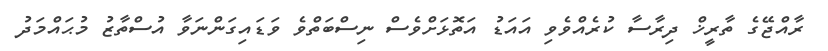
ރާއްޖޭގެ ތާރީޚް ދިރާސާ ކުރެއްވެވި އައަޑު އަތޮޅަށްވެސް ނިސްބަތްވެ ވަޑައިގަންނަވާ އުސްތާޒު މުޙައްމަދު